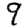
Digit: 9